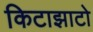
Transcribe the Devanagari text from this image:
किटाझाटो